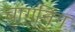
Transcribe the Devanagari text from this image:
चांगनिंग